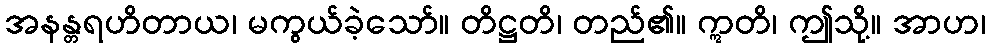
အနန္တရဟိတာယ၊ မကွယ်ခဲ့သော်။ တိဋ္ဌတိ၊ တည်၏။ ဣတိ၊ ဤသို့။ အာဟ၊